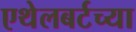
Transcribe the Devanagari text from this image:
एथेलबर्टच्या